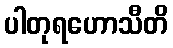
ပါတုရဟောသီတိ